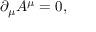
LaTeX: \partial _ { \mu } A ^ { \mu } = 0 ,